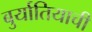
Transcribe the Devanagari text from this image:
बुर्यातियाची